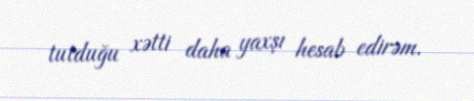
tutduğu xətti daha yaxşı hesab edirəm.